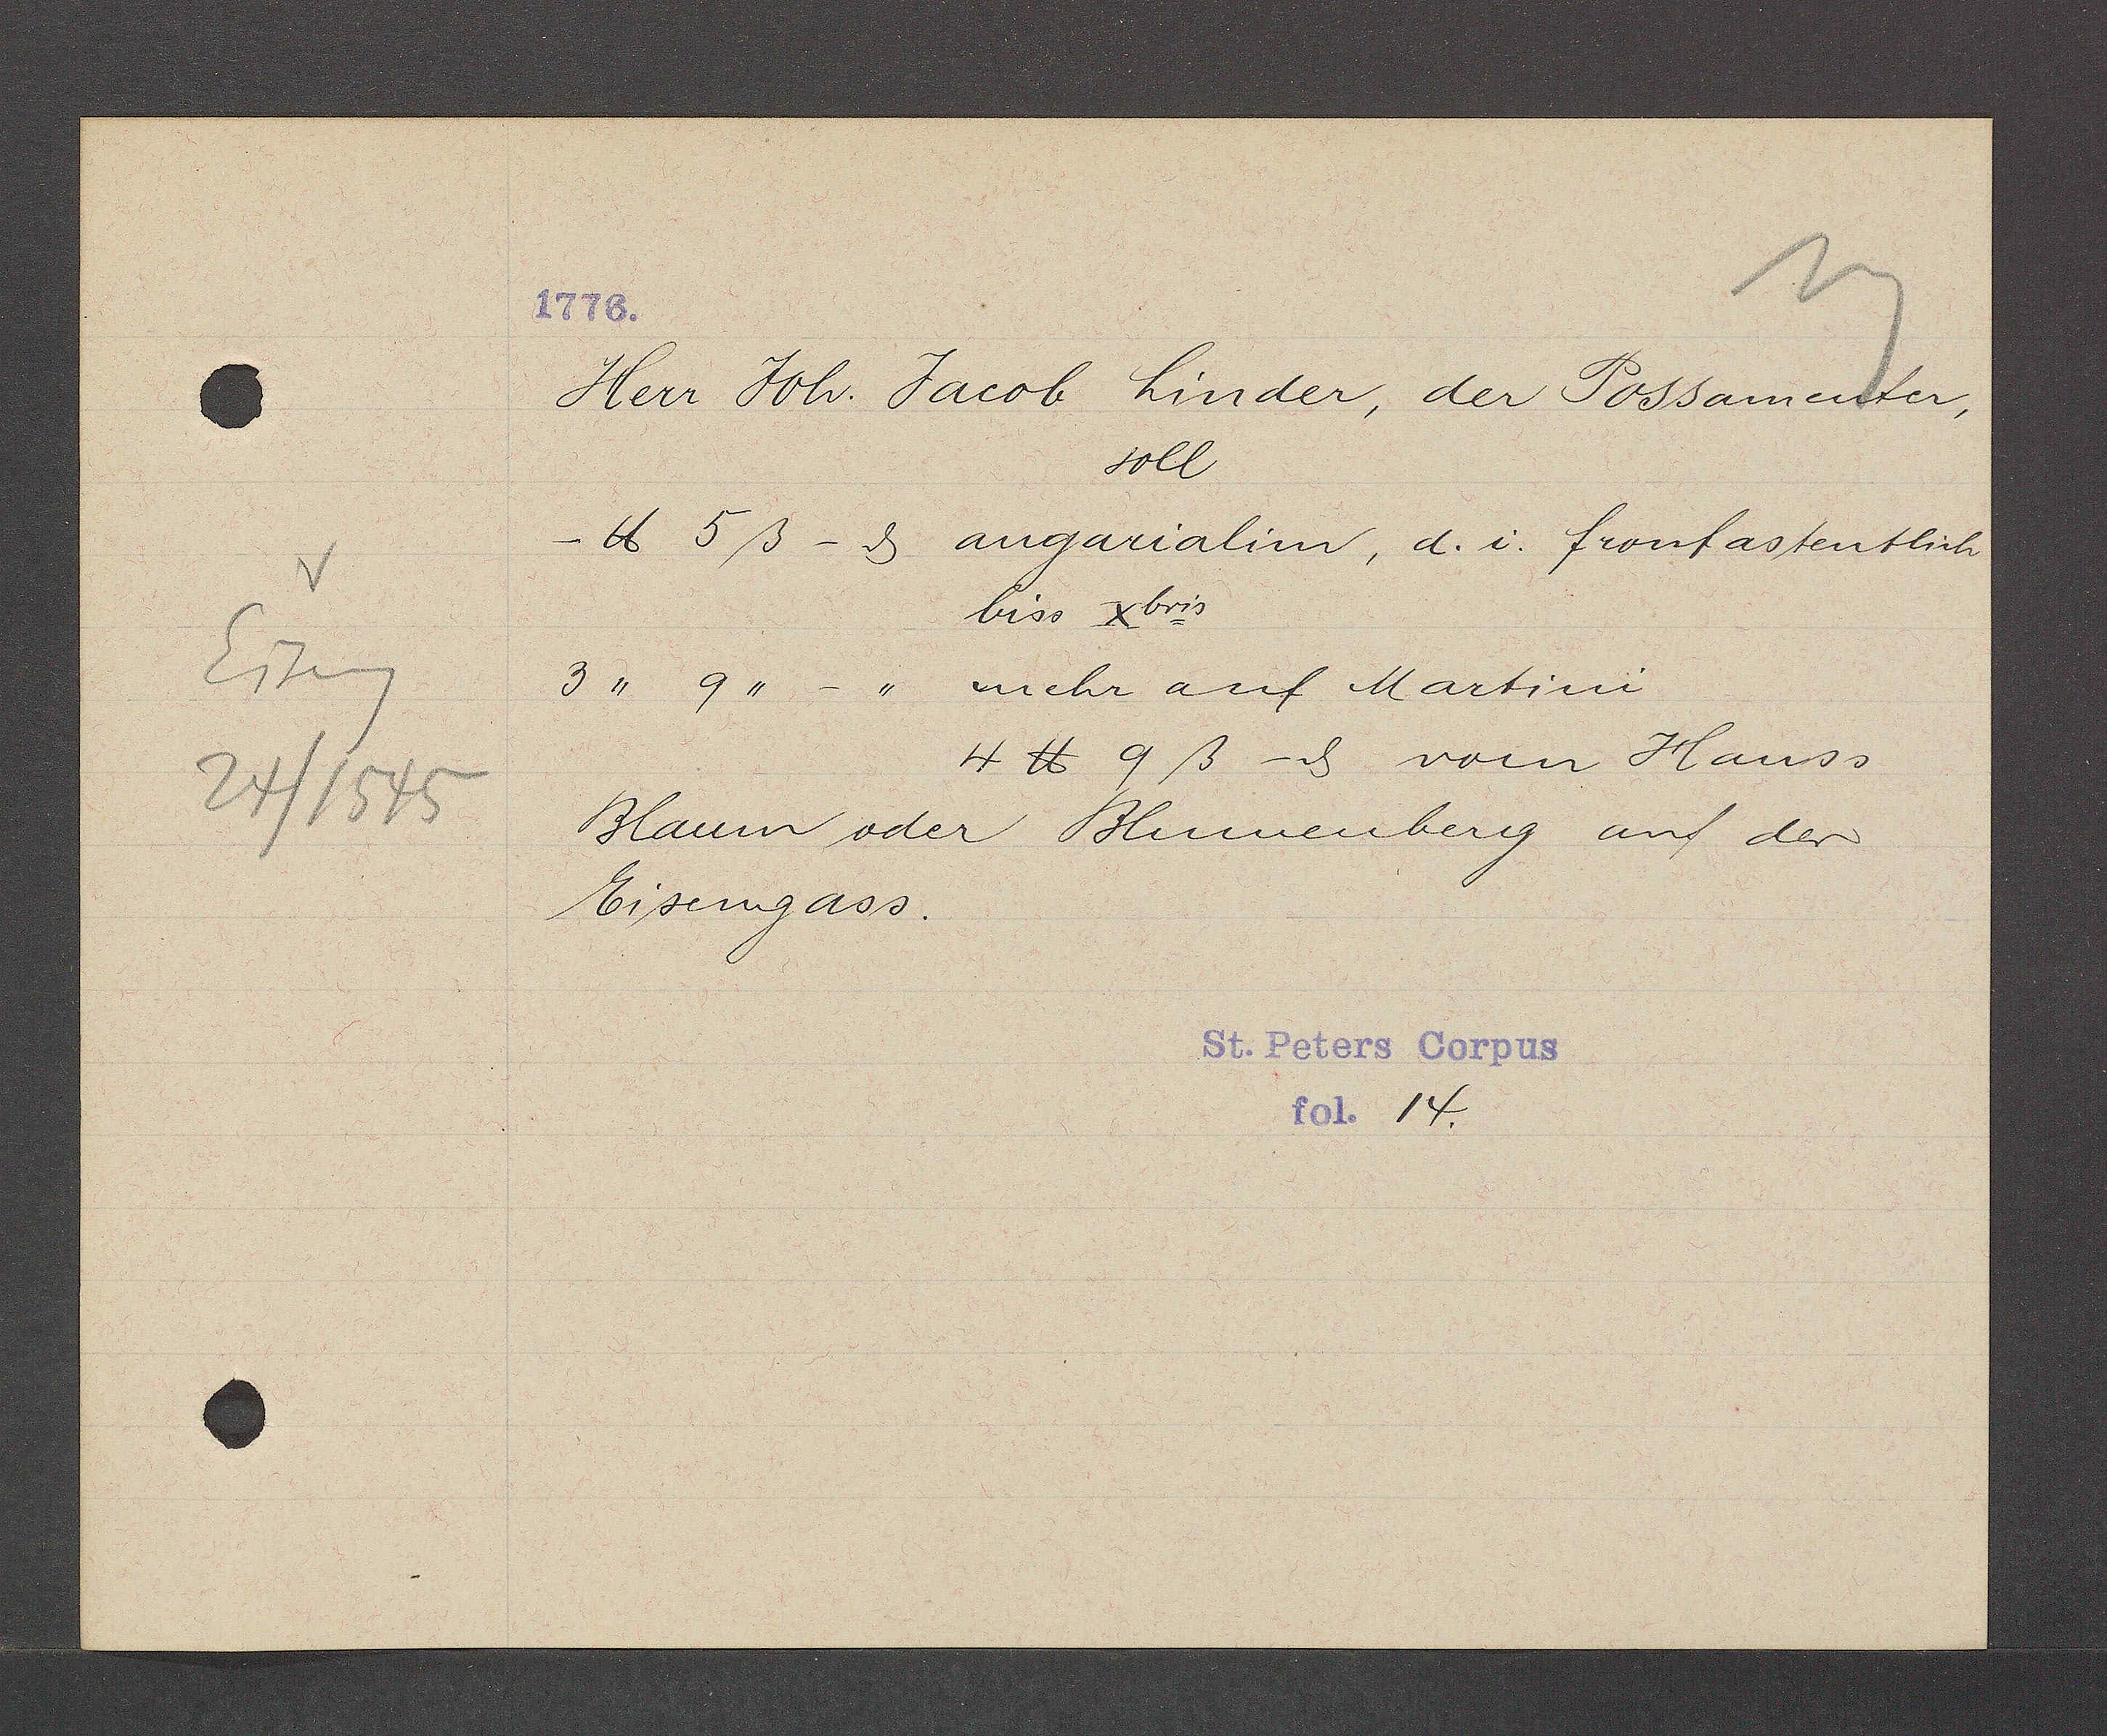
Transcript:
Eiseng
24 / 1545

Herr Joh. Jacob Linder, der Possamenter,
soll
- ℔ 5ß -ȡ augarialim, d. i. fronfastentlich
biss X bris
3 " 9 " - " mehr auf Martini
4 ℔ 9 ß - ȡ vom Hauss
Blaum oder Blumenberg auf der
Eisengass.
14.